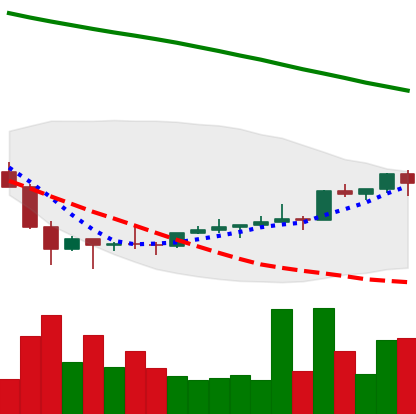
Ticker: NEO-USD
Chart end date: 2022-02-08
Forward return: -5.166%
Label: down_5_7